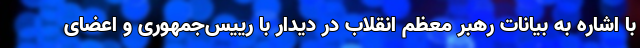
با اشاره به بیانات رهبر معظم انقلاب در دیدار با رییس‌جمهوری و اعضای